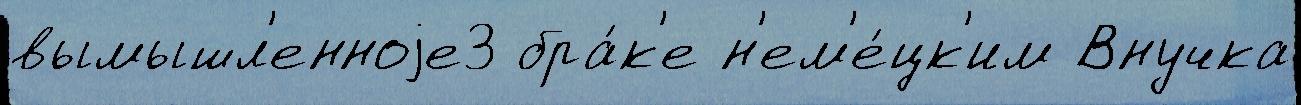
вымышл'енноjе3 бра́к'е н'ем'е́цк'им Внучка